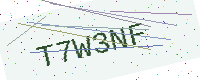
Text: T7W3NF